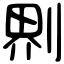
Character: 𠝹